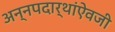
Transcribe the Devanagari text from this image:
अन्नपदार्थांऐवजी